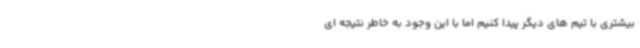
بیشتری با تیم های دیگر پیدا کنیم اما با این وجود به خاطر نتیجه ای